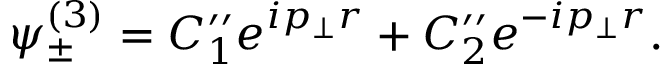
\psi _ { \pm } ^ { ( 3 ) } = C _ { 1 } ^ { \prime \prime } e ^ { i p _ { \bot } r } + C _ { 2 } ^ { \prime \prime } e ^ { - i p _ { \bot } r } .